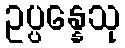
ဥပ္ပန္နေသု